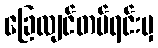
ခြေလျင်တပ်ရင်းမှ